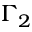
\Gamma _ { 2 }